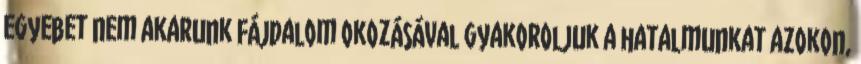
egyebet nem akarunk Fájdalom okozásával gyakoroljuk a hatalmunkat azokon,